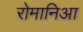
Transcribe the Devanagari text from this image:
रोमानिआ